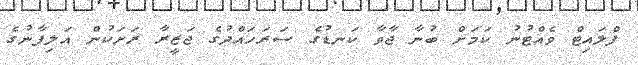
ފްލައިޓް ވެއްޓުނު ކަމަށް ބުނާ ޖާވާ ކަނޑުގެ ސަރަހައްދުގެ ޖަޒީރާ ރަށަކުން އަލިފާނުގެ